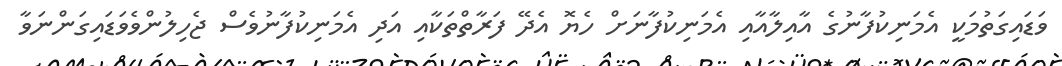
ވަޑައިގަތުމަކީ އެމަނިކުފާނުގެ އާއިލާއާއި އެމަނިކުފާނަށް ހެޔޮ އެދޭ ފަރާތްތަކާއި އަދި އެމަނިކުފާނުވެސް ޖެހިލުންވެވަޑައިގަންނަވާ